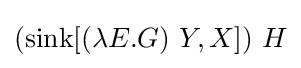
(\operatorname {sink} [(\lambda E.G)\ Y,X])\ H